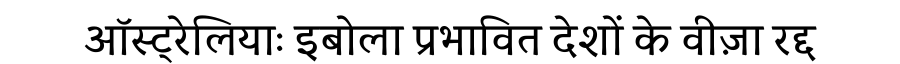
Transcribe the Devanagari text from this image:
ऑस्ट्रेलियाः इबोला प्रभावित देशों के वीज़ा रद्द